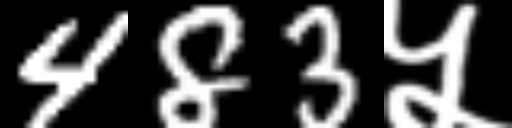
Text: 483५